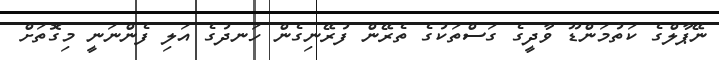
ނޭޕާލްގެ ކަތުމަންޑޫ ވާދީގެ ގަސްތަކުގެ ތެރޭން ފުރޭނިގެން ހަނދުގެ އަލި ފެންނަނީ މިގޮތަށް